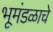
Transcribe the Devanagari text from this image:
भूमंडळाचे